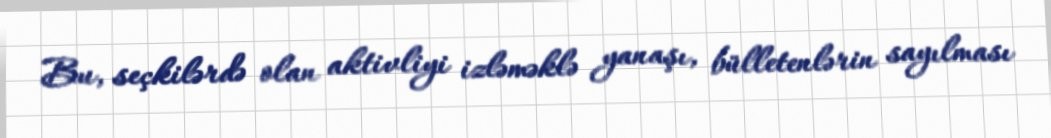
Bu, seçkilərdə olan aktivliyi izləməklə yanaşı, bülletenlərin sayılması